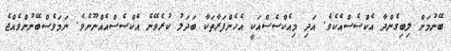
ބޭނުމަށް ލިބިގެންދާ އެކްސެސްއެކެވެ. އަދި މިއެކްސެސްއަކީ އެހެންފަރާތަކާ ބަދަލު ކުރެވޭނެ އެކްސެސްއެއްނޫނެވެ. ނަމަވެސްބޭނުންވެއްޖެ